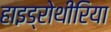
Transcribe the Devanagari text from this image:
हाइड्रोथीरिया